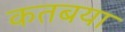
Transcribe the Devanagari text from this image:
कतबया